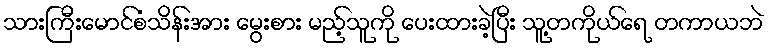
သားကြီးမောင်စံသိန်းအား မွေးစား မည့်သူကို ပေးထားခဲ့ပြီး သူ့တကိုယ်ရေ တကာယဘဲ